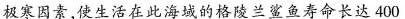
极寒因素，使生活在此海城的格陵兰鲨鱼寿命长达400